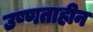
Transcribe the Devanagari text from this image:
उष्णताहीन